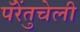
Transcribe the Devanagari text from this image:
पॅरेंतुचेली